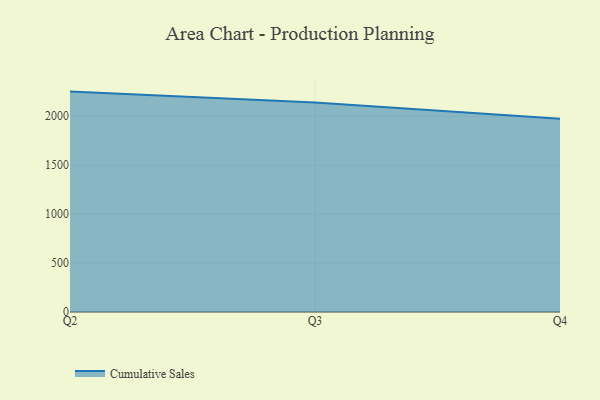
{"axis": {"x": "Quarter", "y": "Net Income (USD K)"}, "legend": ["Cumulative Sales"], "data": [{"x": "Q2", "y": 2252.1, "type": "Cumulative Sales"}, {"x": "Q3", "y": 2139.7, "type": "Cumulative Sales"}, {"x": "Q4", "y": 1975.8, "type": "Cumulative Sales"}]}